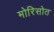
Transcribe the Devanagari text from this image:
मोरिसोत